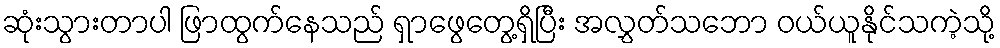
ဆုံးသွားတာပါ ဖြာထွက်နေသည် ရှာဖွေတွေ့ရှိပြီး အလွှတ်သဘော ဝယ်ယူနိုင်သကဲ့သို့